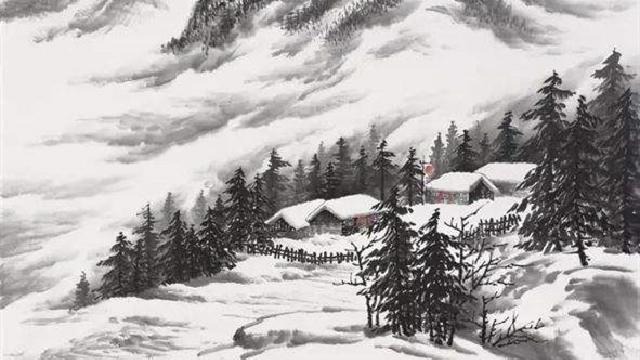
乱云低薄暮，急雪舞回风。